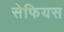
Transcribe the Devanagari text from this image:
सेफियस